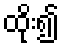
ထိုး၍